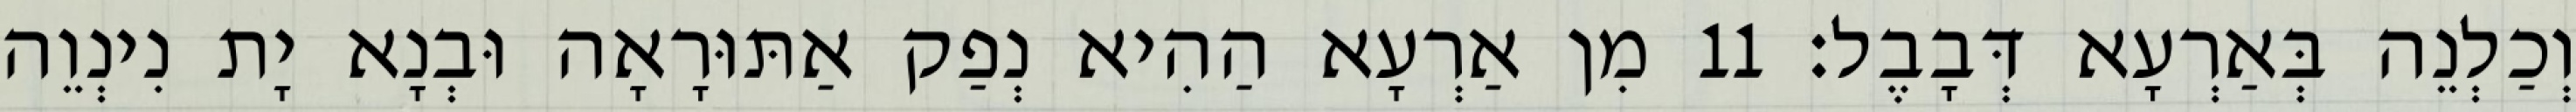
וְכַלְנֵה בְּאַרְעָא דְּבָבֶל׃ 11 מִן אַרְעָא הַהִיא נְפַק אַתּוּרָאָה וּבְנָא יָת נִינְוֵה